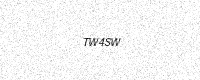
Text: TW4SW